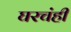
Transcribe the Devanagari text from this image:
घरचंही